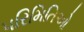
પરિમિતિઓ